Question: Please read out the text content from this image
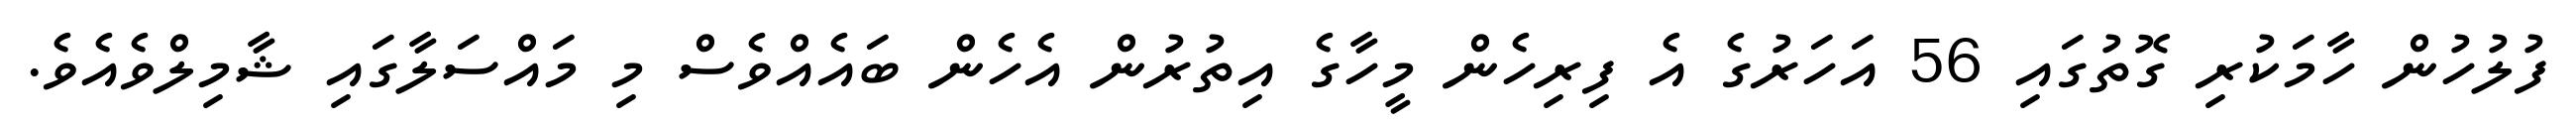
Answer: ފުލުހުން ހާމަކުރި ގޮތުގައި 56 އަހަރުގެ އެ ފިރިހެން މީހާގެ އިތުރުން އެހެން ބައެއްވެސް މި މައްސަލާގައި ޝާމިލްވެއެވެ.